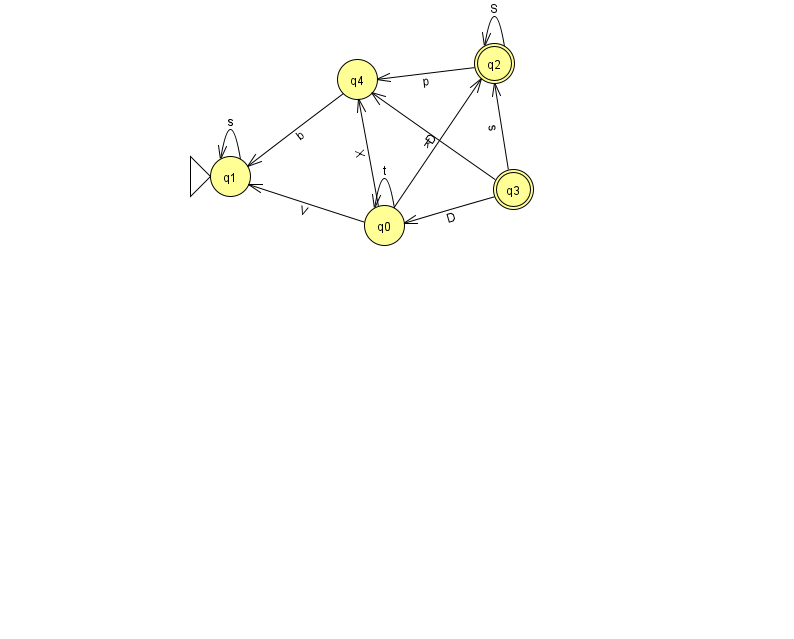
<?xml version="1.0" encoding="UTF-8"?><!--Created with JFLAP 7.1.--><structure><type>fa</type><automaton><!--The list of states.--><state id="0" name="q0"><x>384.0</x><y>212.0</y></state><state id="1" name="q1"><x>230.0</x><y>163.0</y><initial/></state><state id="2" name="q2"><x>494.0</x><y>50.0</y><final/></state><state id="3" name="q3"><x>513.0</x><y>176.0</y><final/></state><state id="4" name="q4"><x>357.0</x><y>66.0</y></state><!--The list of transitions.--><transition><from>4</from><to>1</to><read>b</read></transition><transition><from>3</from><to>4</to><read>k</read></transition><transition><from>1</from><to>1</to><read>s</read></transition><transition><from>2</from><to>2</to><read>S</read></transition><transition><from>2</from><to>4</to><read>p</read></transition><transition><from>0</from><to>0</to><read>t</read></transition><transition><from>0</from><to>1</to><read>V</read></transition><transition><from>0</from><to>2</to><read>D</read></transition><transition><from>0</from><to>4</to><read>X</read></transition><transition><from>3</from><to>2</to><read>s</read></transition><transition><from>3</from><to>0</to><read>D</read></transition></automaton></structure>